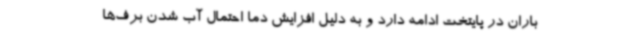
باران در پایتخت ادامه دارد و به دلیل افزایش دما احتمال آب شدن برف‌ها